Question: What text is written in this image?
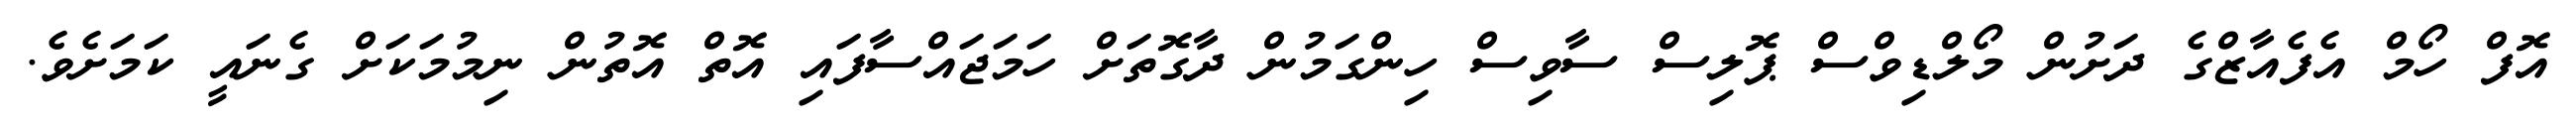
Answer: އޮފް ހޯމް އެފެއާޒްގެ ދަށުން މޯލްޑިވްސް ޕޮލިސް ސާވިސް ހިންގަމުން ދާގޮތަށް ހަމަޖައްސާފައި އޮތް އޮތުން ނިމުމަކަށް ގެނައީ ކަމަށެވެ.